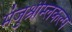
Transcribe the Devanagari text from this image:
मंजुश्रीम्लकल्प